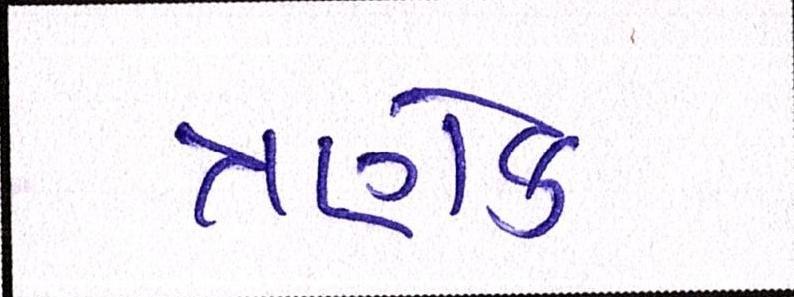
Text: ત્રણેક